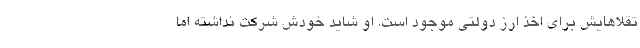
تقلاهایش برای اخذ ارز دولتی موجود است. او شاید خودش شرکت نداشته اما